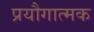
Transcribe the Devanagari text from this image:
प्रयौगात्मक